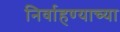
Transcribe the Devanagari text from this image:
निर्वाहण्याच्या